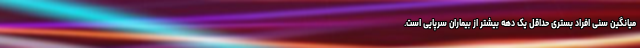
میانگین سنی افراد بستری حداقل یک دهه بیشتر از بیماران سرپایی است.